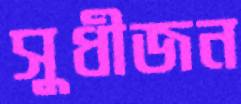
সুধীজন